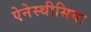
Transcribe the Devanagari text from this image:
ऐनेस्थीसिया